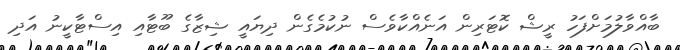
ބާއްވާލުމަށްފަހު ރީޝް ކޮޓަރިން އަނެއްކާވެސް ނުކުމެގެން ދިޔައީ ޝިޒާގެ ބޫޓާއި އިސްޓާކީނު އަދި